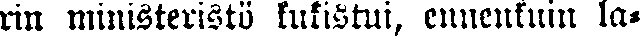
rin ministeristö kukistui, ennenkuin la-